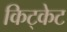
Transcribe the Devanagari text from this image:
किट्केट